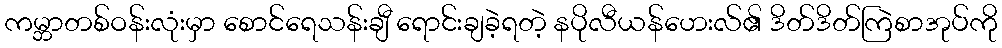
ကမ္ဘာတစ်ဝန်းလုံးမှာ စောင်ရေသန်းချီ ရောင်းချခဲ့ရတဲ့ နပိုလီယန်ဟေးလ်၏ ဒိတ်ဒိတ်ကြဲစာအုပ်ကို